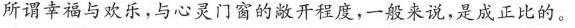
所谓幸福与欢乐，与心灵门窗的敞开程度，一般来说，是成正比的。